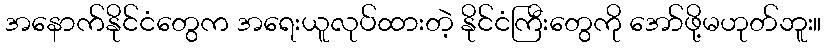
အနောက်နိုင်ငံတွေက အရေးယူလုပ်ထားတဲ့ နိုင်ငံကြီးတွေကို အော်ဖို့မဟုတ်ဘူး။